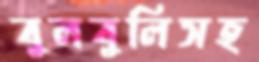
বুলবুলিসহ